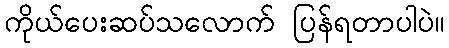
ကိုယ်ပေးဆပ်သလောက် ပြန်ရတာပါပဲ။